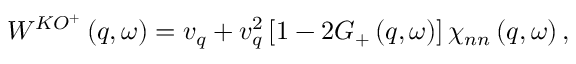
W ^ { K O ^ { + } } \left( q , \omega \right) = v _ { q } + v _ { q } ^ { 2 } \left[ 1 - 2 G _ { + } \left( q , \omega \right) \right] \chi _ { n n } \left( q , \omega \right) ,